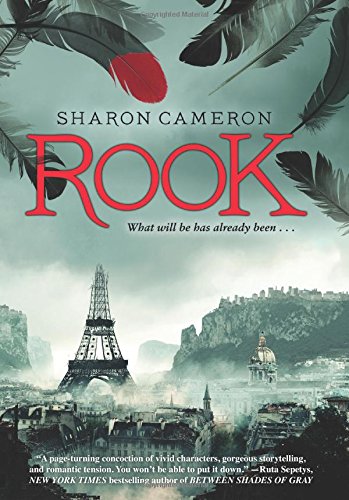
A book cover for Rook; Sharon Cameron; Teen & Young Adult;